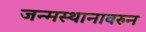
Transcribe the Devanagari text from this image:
जन्मस्थानावरुन